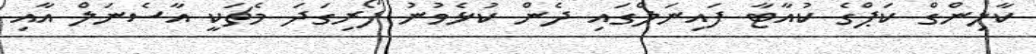
ކާލިންގް ކަޕްގެ ކުއާޓާ ފައިނަލްގައި ދެން ކުޅެވުނު ފޯރިގަދަ މެޗަކީ އާސެނަލް އާއި